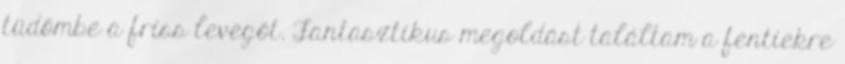
tüdőmbe a friss levegőt. Fantasztikus megoldást találtam a fentiekre